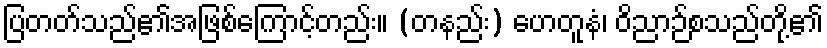
ပြတတ်သည်၏အဖြစ်ကြောင့်တည်း။ (တနည်း) ဟေတူနံ၊ ဝိညာဉ်စသည်တို့၏